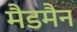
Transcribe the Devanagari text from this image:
मैडमैन